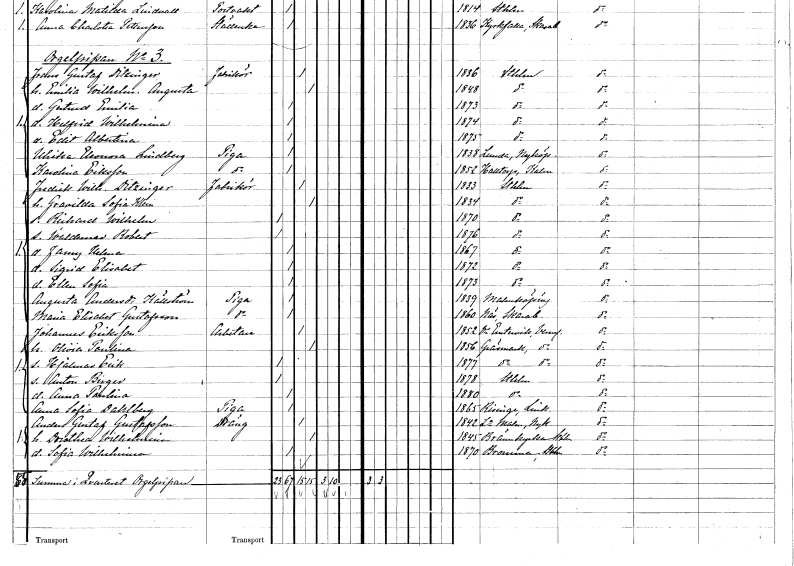
gt_parse: households: individuals: FN: Fredrik Wilhelm
EN: Ditzinger
YRKE: Fabrikör
KON: M
CIV: G
FODAR: 1833
FODFORS: Stockholm
FN: Gravilda Sofia
EN: Klein
KON: K
CIV: G
FODAR: 1834
FODFORS: Stockholm
FN: Richard Wilhelm
KON: M
CIV: O
FODAR: 1870
FODFORS: Stockholm
FN: Waldemar Robert
KON: M
CIV: O
FODAR: 1876
FODFORS: Stockholm
FN: Fanny Helena
KON: K
CIV: O
FODAR: 1867
FODFORS: Stockholm
FN: Sigrid Elisabet
KON: K
CIV: O
FODAR: 1872
FODFORS: Stockholm
FN: Ellen Sofia
KON: K
CIV: O
FODAR: 1873
FODFORS: Stockholm
FN: Augusta
EN: Andersdotter Källström
YRKE: Piga
KON: K
CIV: O
FODAR: 1839
FODFORS: Malmköping Södermanlands län
FN: Maria Elisabet
EN: Gustafsson
YRKE: Piga
KON: K
CIV: O
FODAR: 1860
FODFORS: Näs Skaraborgs län
FN: Johannes
EN: Eriksson
YRKE: Arbetare
KON: M
CIV: G
FODAR: 1852
FODFORS: Västra Ämtervik Värmlands län
FN: Olivia Paulina
KON: K
CIV: G
FODAR: 1856
FODFORS: Gräsmark Värmlands län
FN: Hjalmar Erik
KON: M
CIV: O
FODAR: 1877
FODFORS: Gräsmark Värmlands län
FN: Anton Birger
KON: M
CIV: O
FODAR: 1878
FODFORS: Stockholm
FN: Anna Paulina
KON: K
CIV: O
FODAR: 1880
FODFORS: Stockholm
FN: Anna Sofia
EN: Dahlberg
YRKE: Piga
KON: K
CIV: O
FODAR: 1865
FODFORS: Risinge Östergötlands län
FN: Anders Gustaf
EN: Gustafsson
YRKE: Dräng
KON: M
CIV: G
FODAR: 1842
FODFORS: Lilla Malma Södermanlands län
FN: Dorothea Wilhelmina
KON: K
CIV: G
FODAR: 1845
FODFORS: Brännkyrka Stockholms län
FN: Sofia Wilhelmina
KON: K
CIV: O
FODAR: 1870
FODFORS: Bromma Stockholms län